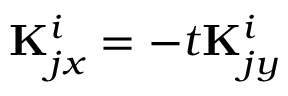
{ \bf K } _ { j x } ^ { i } = - t { \bf K } _ { j y } ^ { i }